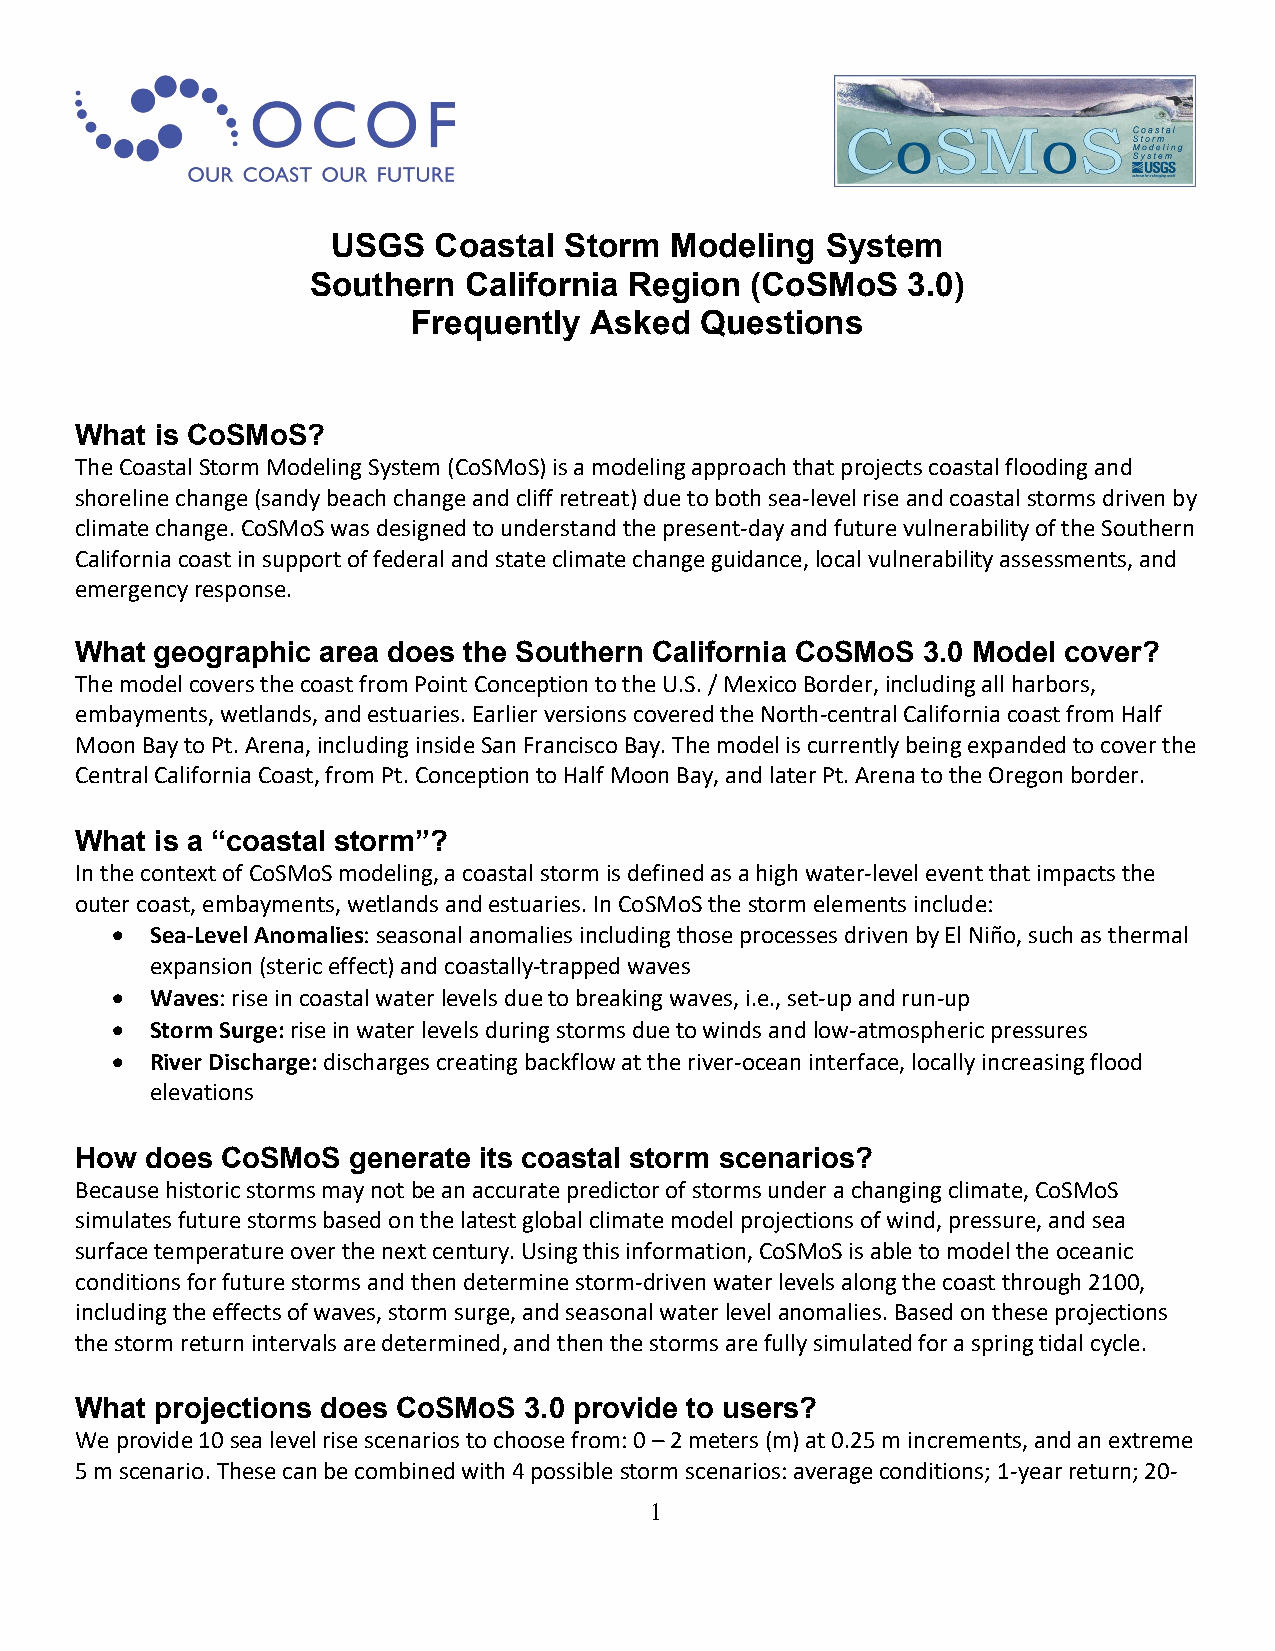
USGS   Coastal Storm  Modeling   System
 Southern  California Region  (CoSMoS   3.0)
 Frequently  Asked  Questions
 What is CoSMoS?
 The Coastal Storm Modeling System (CoSMoS) is a modeling approach that projects coastal flooding and
 shoreline change (sandy beach change and cliff retreat) due to both sea-level rise and coastal storms driven by
 climate change. CoSMoS was designed to understand the present-day and future vulnerability of the Southern
 California coast in support of federal and state climate change guidance, local vulnerability assessments, and
 emergency response.
 What geographic area does the Southern California CoSMoS 3.0 Model cover?
 The model covers the coast from Point Conception to the U.S. / Mexico Border, including all harbors,
 embayments, wetlands, and estuaries. Earlier versions covered the North-central California coast from Half
 Moon Bay to Pt. Arena, including inside San Francisco Bay. The model is currently being expanded to cover the
 Central California Coast, from Pt. Conception to Half Moon Bay, and later Pt. Arena to the Oregon border.
 What is a “coastal storm”?
 In the context of CoSMoS modeling, a coastal storm is defined as a high water-level event that impacts the
 outer coast, embayments, wetlands and estuaries. In CoSMoS the storm elements include:
 •  Sea-Level Anomalies: seasonal anomalies including those processes driven by El Niño, such as thermal
 expansion (steric effect) and coastally-trapped waves
 •  Waves: rise in coastal water levels due to breaking waves, i.e., set-up and run-up
 •  Storm Surge: rise in water levels during storms due to winds and low-atmospheric pressures
 •  River Discharge: discharges creating backflow at the river-ocean interface, locally increasing flood
 elevations
 How  does CoSMoS  generate its coastal storm scenarios?
 Because historic storms may not be an accurate predictor of storms under a changing climate, CoSMoS
 simulates future storms based on the latest global climate model projections of wind, pressure, and sea
 surface temperature over the next century. Using this information, CoSMoS is able to model the oceanic
 conditions for future storms and then determine storm-driven water levels along the coast through 2100,
 including the effects of waves, storm surge, and seasonal water level anomalies. Based on these projections
 the storm return intervals are determined, and then the storms are fully simulated for a spring tidal cycle.
 What projections does CoSMoS  3.0 provide to users?
 We provide 10 sea level rise scenarios to choose from: 0 – 2 meters (m) at 0.25 m increments, and an extreme
 5 m scenario. These can be combined with 4 possible storm scenarios: average conditions; 1-year return; 20-
 1